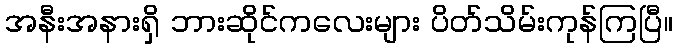
အနီးအနားရှိ ဘားဆိုင်ကလေးများ ပိတ်သိမ်းကုန်ကြပြီ။